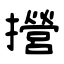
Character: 攚